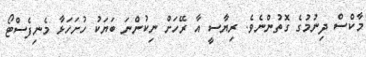
މާކްސް ދިނުމުގެ ގޮތުންނެވެ. ރިޔާސީ އާ ރޭހަށް ނިކުންނަ ބަޔަކު ހުށަހަޅާ މެނިފެސްޓޯ